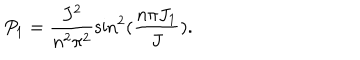
LaTeX: P _ { 1 } = \frac { J ^ { 2 } } { n ^ { 2 } \pi ^ { 2 } } \sin ^ { 2 } ( \frac { n \pi J _ { 1 } } { J } ) .